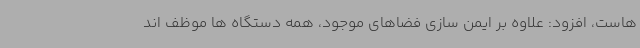
هاست، افزود: علاوه بر ایمن سازی فضاهای موجود، همه دستگاه ها موظف اند